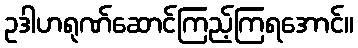
ဥဒါဟရုဏ်ဆောင်ကြည့်ကြရအောင်။